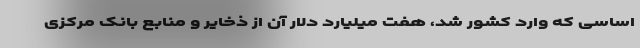
اساسی که وارد کشور شد، هفت میلیارد دلار آن از ذخایر و منابع بانک مرکزی